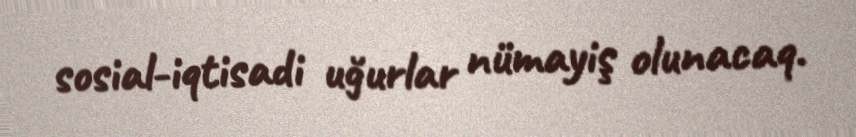
sosial-iqtisadi uğurlar nümayiş olunacaq.